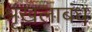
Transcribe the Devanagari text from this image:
श्रृंखलाबंध